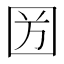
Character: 𡇏